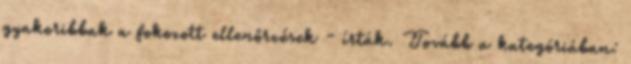
gyakoribbak a fokozott ellenőrzések - írták. Tovább a kategóriában: